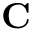
\mathbf { C }